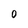
Character: 0